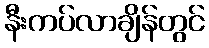
နီးကပ်လာချိန်တွင်